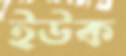
ইউক